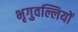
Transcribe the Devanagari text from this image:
भृगुवल्लियों